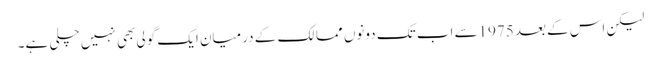
لیکن اس کے بعد 1975سے اب تک دونوں ممالک کے درمیان ایک گولی بھی نہیں چلی ہے۔